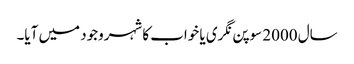
سال 2000 سوپن نگری یا خواب کا شہروجود میں آیا۔